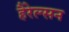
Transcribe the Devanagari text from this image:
हैरेल्सन